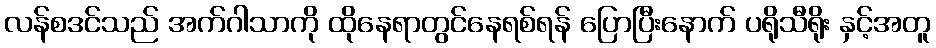
လန်စဒင်သည် အက်ဂါသာကို ထိုနေရာတွင်နေရစ်ရန် ပြောပြီးနောက် ပရိုသီရိုး နှင့်အတူ